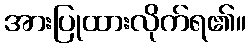
အားပြုထားလိုက်ရ၏။